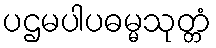
ပဌမပါပဓမ္မသုတ္တံ